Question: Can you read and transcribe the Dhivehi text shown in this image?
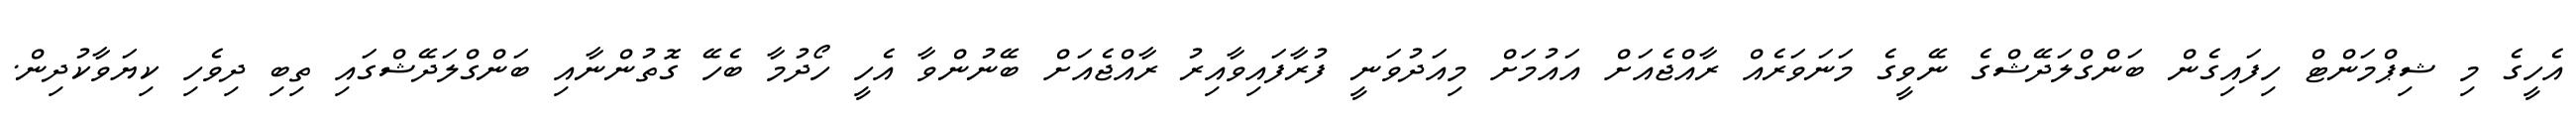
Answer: އެހީގެ މި ޝިޕްމަންޓް ހިފައިގެން ބަންގްލަދޭޝްގެ ނޭވީގެ މަނަވަރެއް ރާއްޖެއަށް އައުމަށް މިއަދުވަނީ ފުރާފައިވާއިރު ރާއްޖެއަށް ބޭނުންވާ އެހީ ހޯދުމާ ބެހޭ ގޮތުންނާއި ބަންގްލަދޭޝްގައި ތިބި ދިވެހި ކިޔަވާކުދިން.